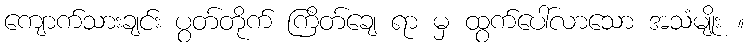
ကျောက်သားချင်း ပွတ်တိုက် ကြိတ်ချေ ရာ မှ ထွက်ပေါ်လာသော အသံမျိုး ။